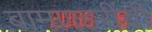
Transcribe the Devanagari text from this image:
बामणहरींची